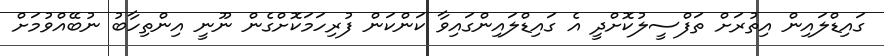
ގައިޑްލައިން އިތުރަށް ތަފްސީލުކޮށްދީ އެ ގައިޑްލައިންގައިވާ ކަންކަން ފުރިހަމަކޮށްގެން ނޫނީ އިންތިހާބު ނުބޭއްވުމަށް